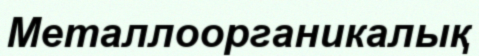
Металлоорганикалық